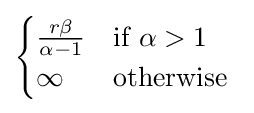
{\begin{cases}{\frac {r\beta }{\alpha -1}}&{\text{if}}\ \alpha >1\\\infty &{\text{otherwise}}\ \end{cases}}